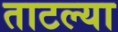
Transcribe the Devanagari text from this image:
ताटल्या